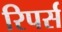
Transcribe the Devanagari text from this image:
रिपर्स